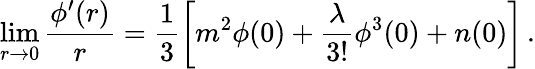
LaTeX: \operatorname*{lim}_{r\to 0}\frac{\phi^{\prime}(r)}r=\frac 13\left[m^{2}\phi(0)+\frac\lambda{3!}\phi^{3}(0)+n(0)\right]\, .